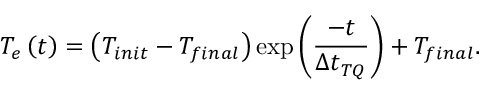
T _ { e } \left( t \right) = \left( T _ { i n i t } - T _ { f i n a l } \right) \exp \left( \frac { - t } { \Delta t _ { T Q } } \right) + T _ { f i n a l } .